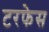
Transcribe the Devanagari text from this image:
टरफेस